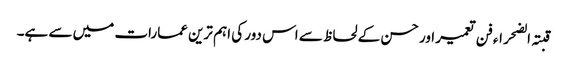
قبتہ الضحراء فن تعمیر اور حسن کے لحاظ سے اس دور کی اہم ترین عمارات میں سے ہے۔